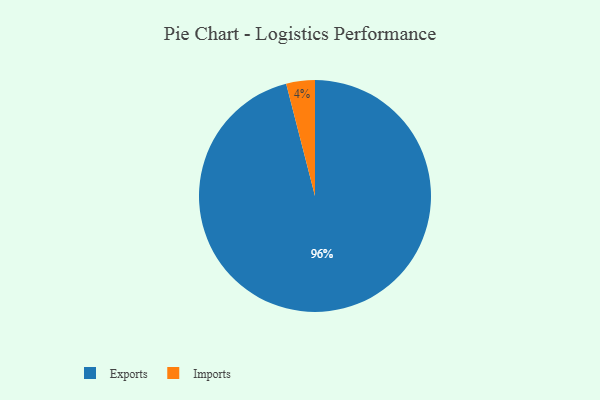
{"axis": {"x": "Category", "y": "Percentage"}, "legend": ["Exports", "Imports"], "data": [{"x": "Imports", "y": 4, "type": "Imports"}, {"x": "Exports", "y": 96, "type": "Exports"}]}